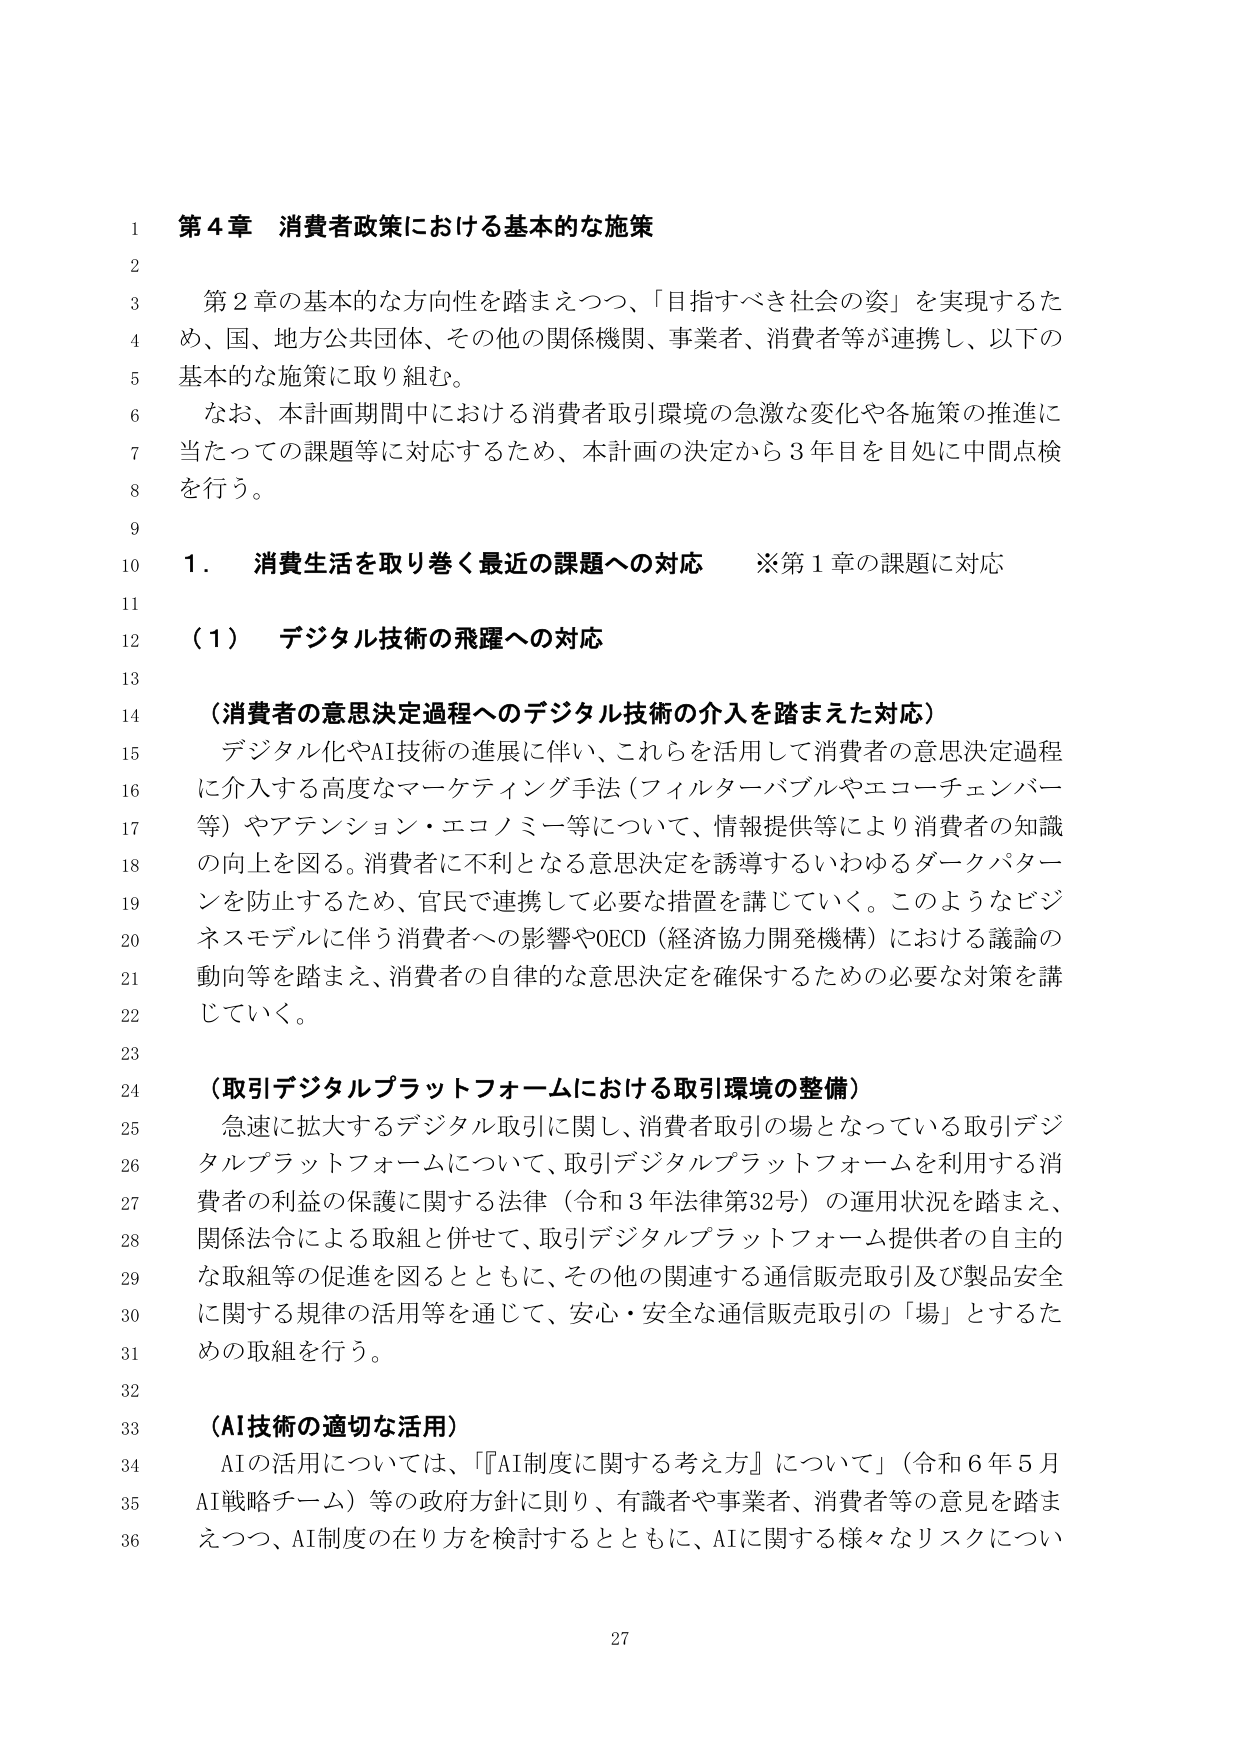
第４章 消費者政策における基本的な施策

第２章の基本的な方向性を踏まえつつ、「目指すべき社会の姿」を実現するため、国、地方公共団体、その他の関係機関、事業者、消費者等が連携し、以下の基本的な施策に取り組む。

なお、本計画期間中における消費者取引環境の急激な変化や各施策の推進に当たっての課題等に対応するため、本計画の決定から３年目を目処に中間点検を行う。

１．消費生活を取り巻く最近の課題への対応　※第１章の課題に対応

（１）デジタル技術の飛躍への対応

（消費者の意思決定過程へのデジタル技術の介入を踏まえた対応）

デジタル化やAI技術の進展に伴い、これらを活用して消費者の意思決定過程に介入する高度なマーケティング手法（フィルターバブルやエコーチェンバー等）やアテンション・エコノミー等について、情報提供等により消費者の知識の向上を図る。消費者に不利となる意思決定を誘導するいわゆるダークパターンを防止するため、官民で連携して必要な措置を講じていく。このようなビジネスモデルに伴う消費者への影響やOECD（経済協力開発機構）における議論の動向等を踏まえ、消費者の自律的な意思決定を確保するための必要な対策を講じていく。

（取引デジタルプラットフォームにおける取引環境の整備）

急速に拡大するデジタル取引に関し、消費者取引の場となっている取引デジタルプラットフォームについて、取引デジタルプラットフォームを利用する消費者の利益の保護に関する法律（令和３年法律第32号）の運用状況を踏まえ、関係法令による取組と併せて、取引デジタルプラットフォーム提供者の自主的な取組等の促進を図るとともに、その他の関連する通信販売取引及び製品安全に関する規律の活用等を通じて、安心・安全な通信販売取引の「場」とするための取組を行う。

（AI技術の適切な活用）

AIの活用については、「『AI制度に関する考え方』について」（令和６年５月AI戦略チーム）等の政府方針に則り、有識者や事業者、消費者等の意見を踏まえつつ、AI制度の在り方を検討するとともに、AIに関する様々なリスクについて

27